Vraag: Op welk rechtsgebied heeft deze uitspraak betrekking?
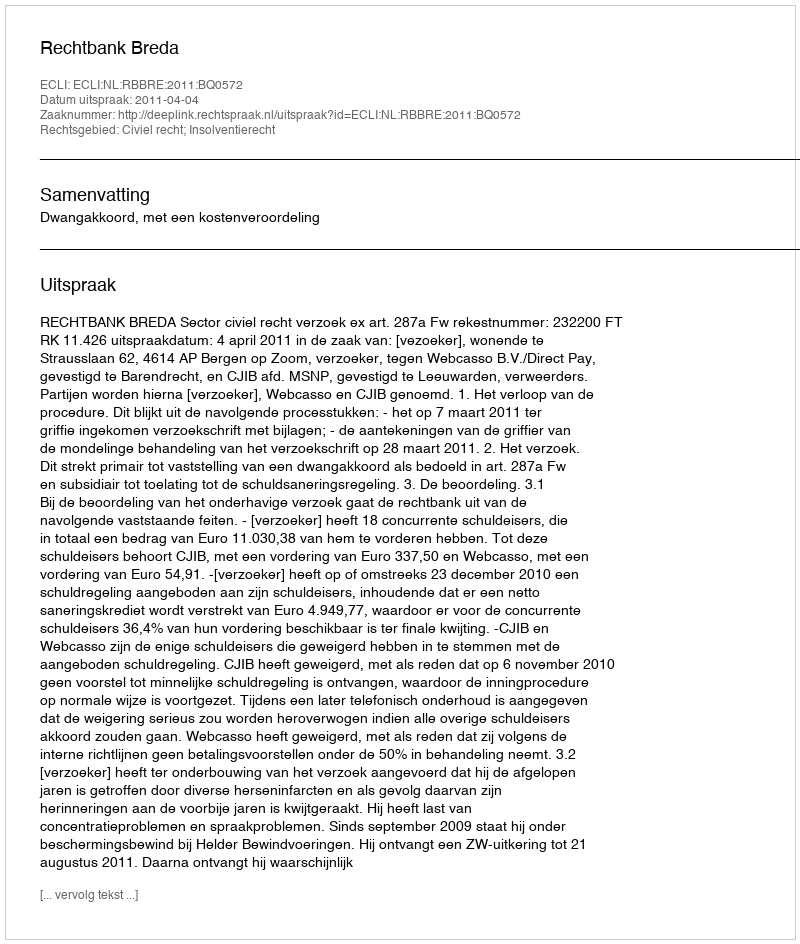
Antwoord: Civiel recht; Insolventierecht